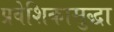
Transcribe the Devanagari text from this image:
प्रवेशिकासुद्धा